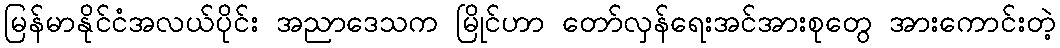
မြန်မာနိုင်ငံအလယ်ပိုင်း အညာဒေသက မြိုင်ဟာ တော်လှန်ရေးအင်အားစုတွေ အားကောင်းတဲ့